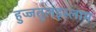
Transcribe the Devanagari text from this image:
हुज्जतुलइस्लाम